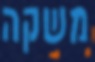
משקה